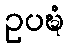
ဥပဍ္ဎံ